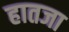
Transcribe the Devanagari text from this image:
हातजा